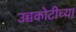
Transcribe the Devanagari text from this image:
उच्चकोटीच्या